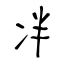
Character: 冸